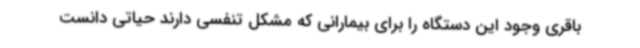
باقری وجود این دستگاه را برای بیمارانی که مشکل تنفسی دارند حیاتی دانست